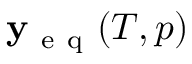
\mathbf { y _ { \mathrm { ~ e ~ q ~ } } } ( T , p )